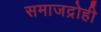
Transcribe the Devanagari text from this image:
समाजद्रोही